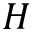
H